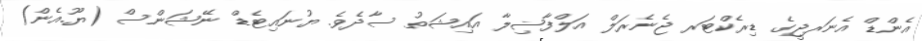
އެންޑް އެނަރޖީގެ ޑިރެކްޓަރ ޖެނެރަލް އަލްފާޟިލާ އައިޝަތު ސާދެވެ. ޔުނައިޓެޑް ނޭޝަންސް (ޔޫ.އެން)